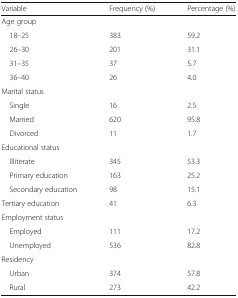
<table><thead><tr><td><b>Variable</b></td><td><b>Frequency (%)</b></td><td><b>Percentage (%)</b></td></tr></thead><tbody><tr><td colspan="3">Age group</td></tr><tr><td> 18–25</td><td>383</td><td>59.2</td></tr><tr><td> 26–30</td><td>201</td><td>31.1</td></tr><tr><td> 31–35</td><td>37</td><td>5.7</td></tr><tr><td> 36–40</td><td>26</td><td>4.0</td></tr><tr><td colspan="3">Marital status</td></tr><tr><td> Single</td><td>16</td><td>2.5</td></tr><tr><td> Married</td><td>620</td><td>95.8</td></tr><tr><td> Divorced</td><td>11</td><td>1.7</td></tr><tr><td colspan="3">Educational status</td></tr><tr><td> Illiterate</td><td>345</td><td>53.3</td></tr><tr><td> Primary education</td><td>163</td><td>25.2</td></tr><tr><td> Secondary education</td><td>98</td><td>15.1</td></tr><tr><td>Tertiary education</td><td>41</td><td>6.3</td></tr><tr><td colspan="3">Employment status</td></tr><tr><td> Employed</td><td>111</td><td>17.2</td></tr><tr><td> Unemployed</td><td>536</td><td>82.8</td></tr><tr><td colspan="3">Residency</td></tr><tr><td> Urban</td><td>374</td><td>57.8</td></tr><tr><td> Rural</td><td>273</td><td>42.2</td></tr></tbody></table>